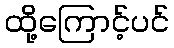
ထို့ကြောင့်ပင်